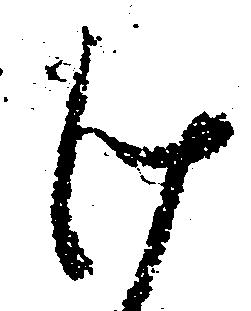
け